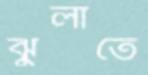
ঝুলাতে